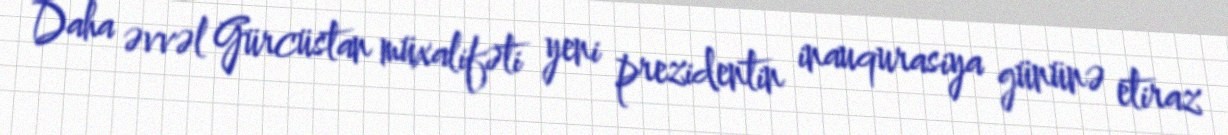
Daha əvvəl Gürcüstan müxalifəti yeni prezidentin inauqurasiya gününə etiraz